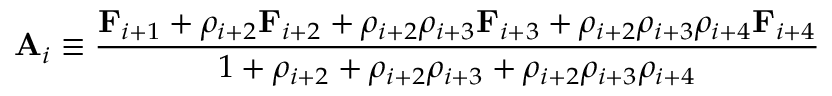
\mathbf { A } _ { i } \equiv \frac { \mathbf { F } _ { i + 1 } + \rho _ { i + 2 } \mathbf { F } _ { i + 2 } + \rho _ { i + 2 } \rho _ { i + 3 } \mathbf { F } _ { i + 3 } + \rho _ { i + 2 } \rho _ { i + 3 } \rho _ { i + 4 } \mathbf { F } _ { i + 4 } } { 1 + \rho _ { i + 2 } + \rho _ { i + 2 } \rho _ { i + 3 } + \rho _ { i + 2 } \rho _ { i + 3 } \rho _ { i + 4 } }